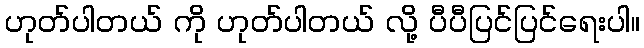
ဟုတ်ပါတယ် ကို ဟုတ်ပါတယ် လို့ ပီပီပြင်ပြင်ရေးပါ။